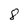
Character: 8